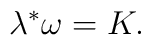
\lambda ^{\ast }\omega =K.